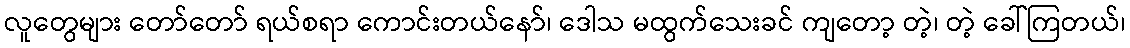
လူတွေများ တော်တော် ရယ်စရာ ကောင်းတယ်နော်၊ ဒေါသ မထွက်သေးခင် ကျတော့ တဲ့၊ တဲ့ ခေါ်ကြတယ်၊